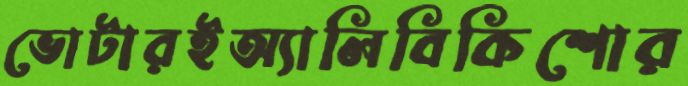
ভোটারইঅ্যালিবিকিশোর